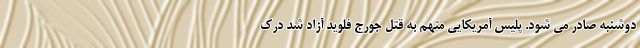
دوشنبه صادر می شود. پلیس آمریکایی متهم به قتل جورج فلوید آزاد شد درک